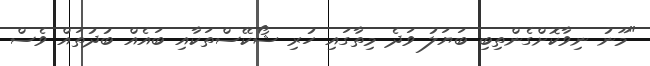
"މޫނު ނިވާކޮށްގެންތިބި ބަޔަލު ވަދެ މިތާގައި ހުރި ޝޯކޭސްތަކާއި ބައެއް ބުދުތައް ވެސް